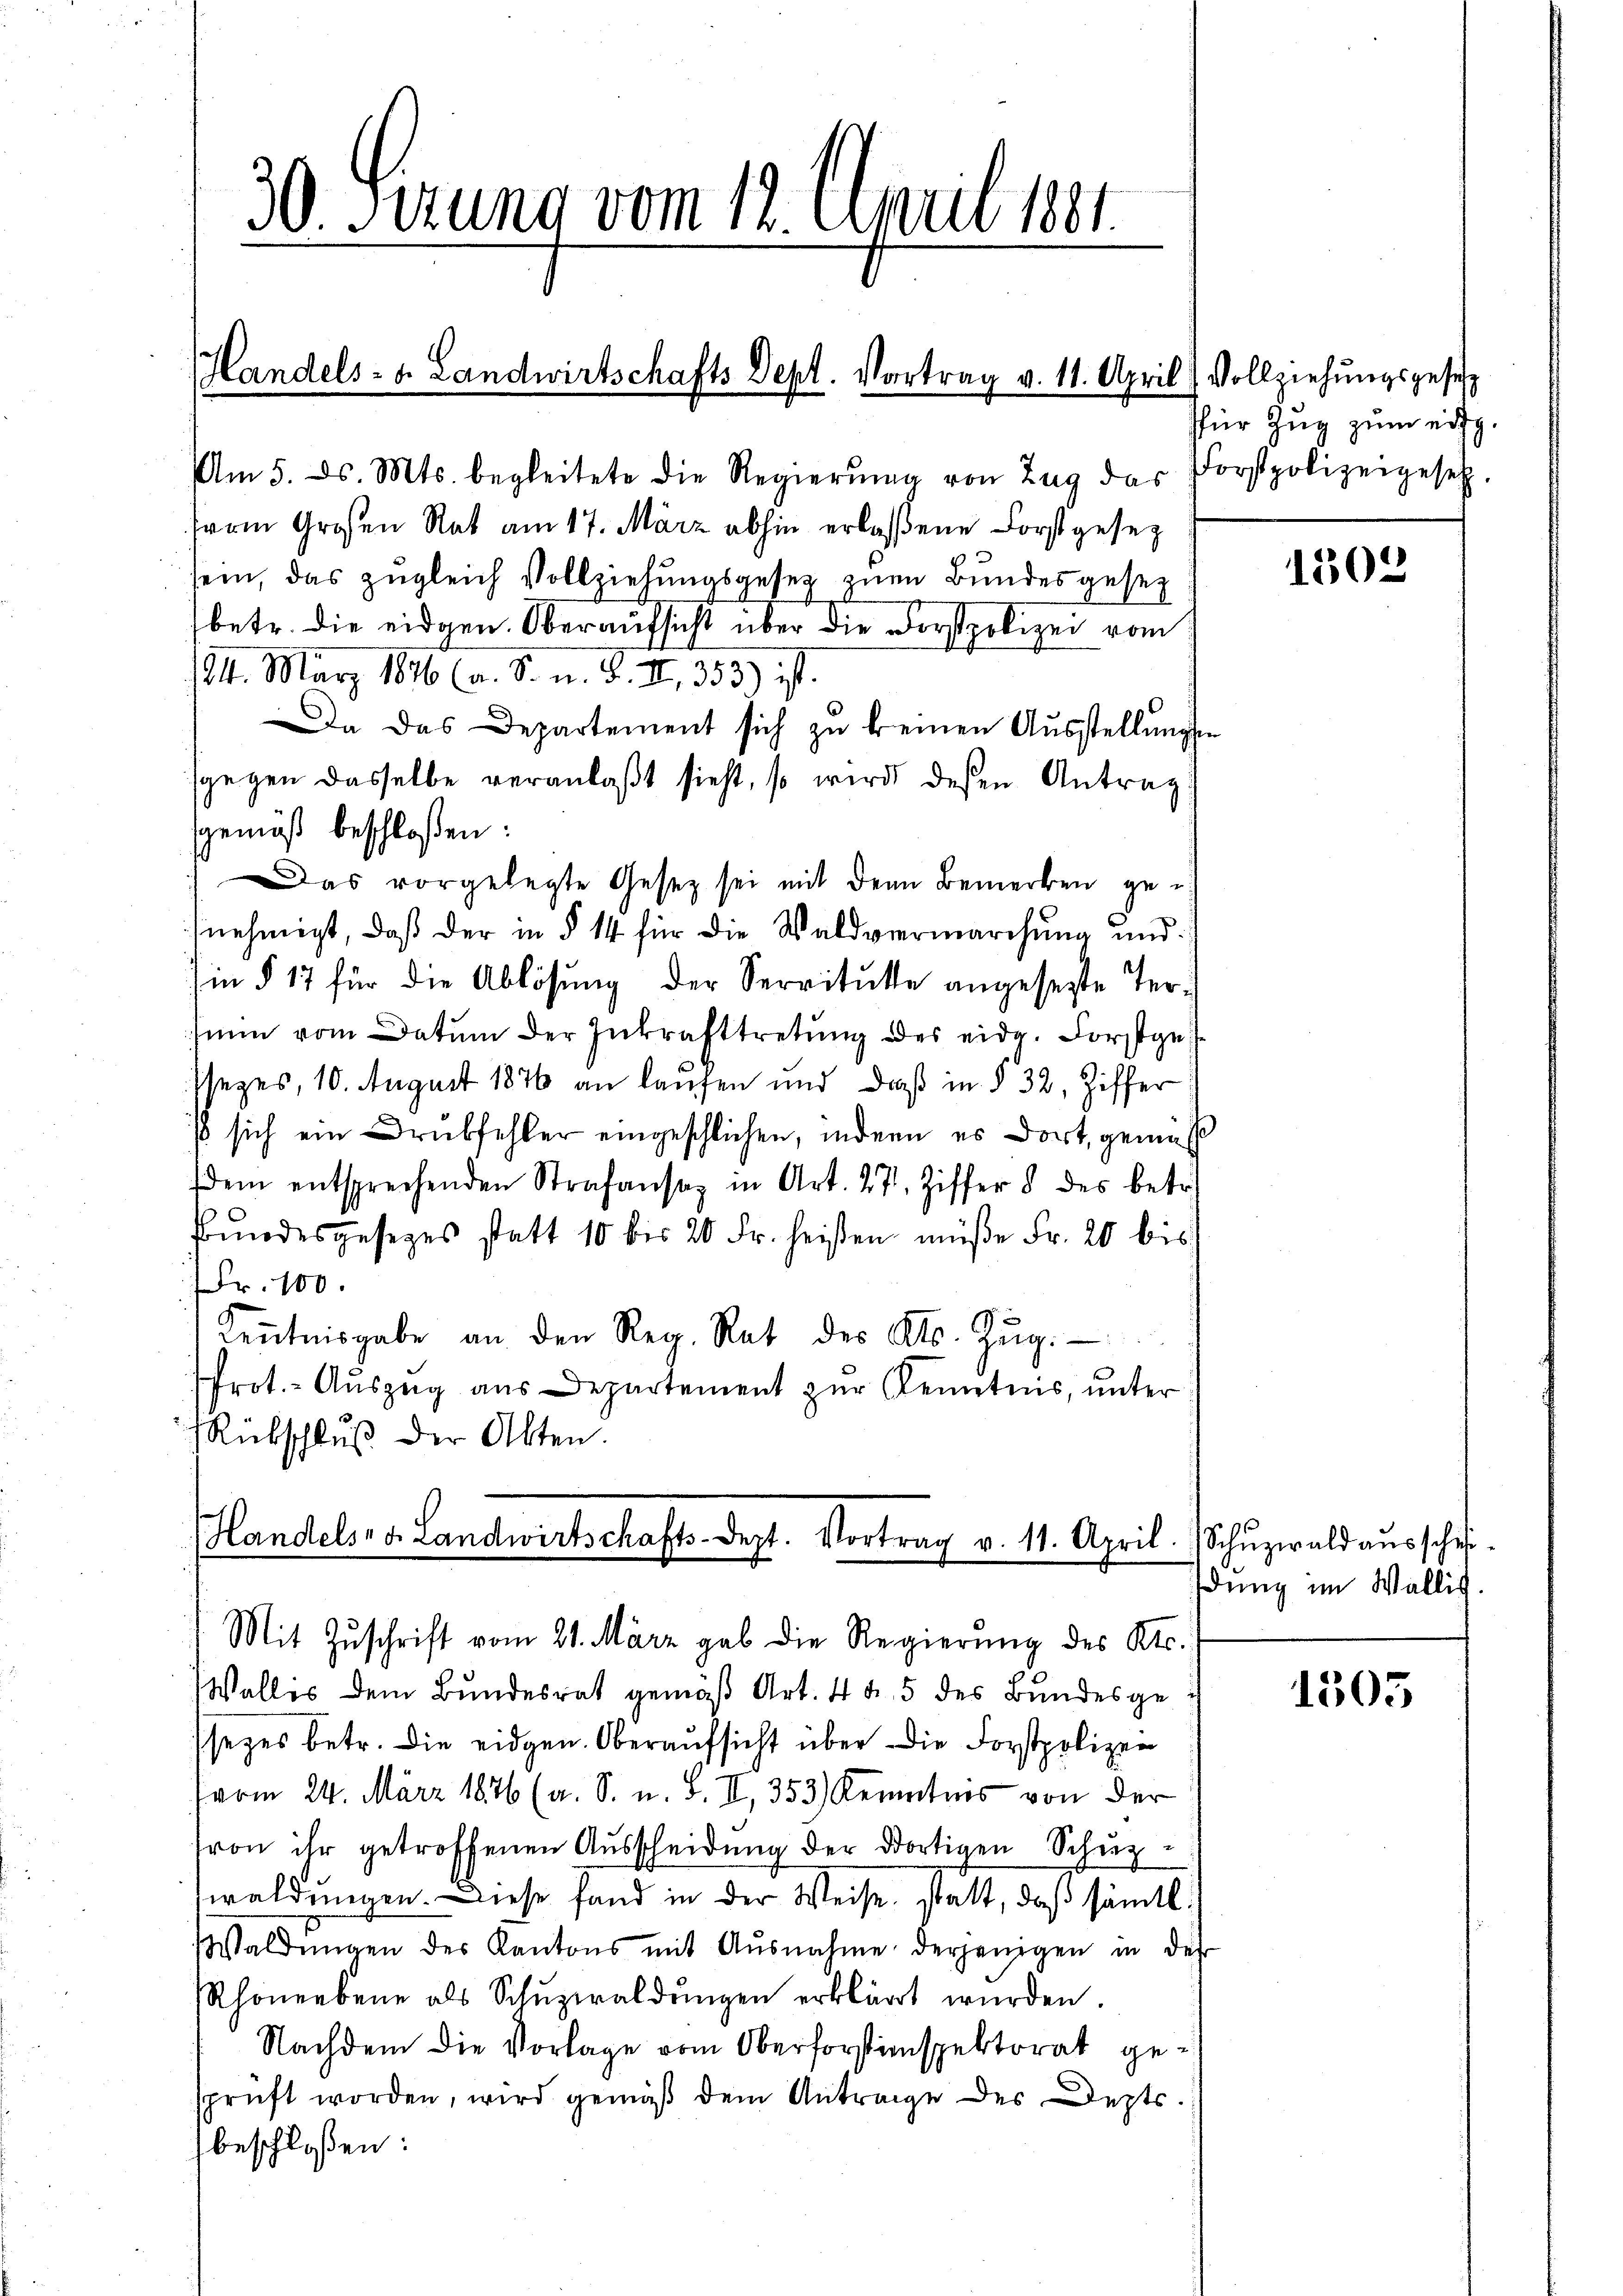
Am 5. ds. Mts. begleitete die Regierŭng von Zug das Forstpolizeigesetz.
from Großen Rat am 17. März abhin erlassene Forstgesez
sein, das zugleich Vollziehungsgesetz zum Bundesgesez
betr. die eidgen. Oberaufsicht über die Forstpolizei vom
124. März 1876 (a. S. n. F. II., 353) ist.
Da das Departement sich zu keinen Ausstellungen
sgegen dasselbe veranlaβt sieht, so wird deßen Antrag:
Das vorgelegte Gesetz sei mit den Bemerken gen
nehmigt, daß der in § 14 für die Waldvermarchung und
Iin § 17 für die Ablösung der Servitute angesetzte Tersein vom Datum der Inkrafttretung des eidg. Forstgessezes, 10. August 1876 an laufen und daß in § 32, Ziffer
β sich ein Drubfehler eingeschlichen, indern es dort, gemäß
dem entsprechenden Strafansaz in Art. 27 Ziffer 5 des betr.
Bundesgesezes statt 10 bis 20 Fr. heißen müße Fr. 20 bis
Fr. 100.
Keṅtnisgabe an den Reg. Rat des Cts. Zŭg.
Prot. Auszug aus Departement zur Kenntnis, unter
Rückschlŭβ der Akten.
Handelsr. v. Landwirtschafts-Dept. Vortrag v. 11. April. Schŭzwald ausschuß

30. Serung vom 12. April 1881.

gemäß beschloßen:

Mit Zuschrift vom 21. März gab die Regierung des Kts.

Handels- u. Landwirtschafts Sept. Vortrag v. 11. April) Vollziehungsgesetz

Wallis dem Bundesrat gemäß Art. 4 f. 5 des Bundesge
ssezes betr. die eidgen. Oberaufsicht über die Forstpolizei
vom 24. März 1876 (a. S. u. S. II, 353) Kenntnis von der
von ihr getroffenen Ausscheidung der dortigen Schupwaldungen. Diese fand in der Weise statt, daß sämtl.
Waldŭngen des Kantons mit Ausnahme derjenigen in der
Rhonerbene als Schŭzwaldŭngen erklärt würden.
Nachdem die Vorlage vom Oberforstinspektorat gesprüft worden, wird gemäß dem Antrage des Deptsbeschloßen:

für Zug zum eig

1502

dung im Wallis.

1305